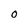
Character: 0